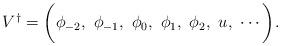
LaTeX: \begin{align*}V^{\dagger}=\biggl(\phi_{-2},\ \phi_{-1},\ \phi_0,\ \phi_1,\ \phi_2,\ u,\ \cdots\biggr).\end{align*}